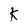
Character: K